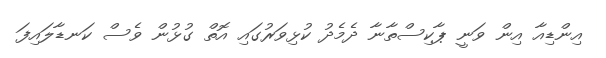
އިންޑިއާ އިން ވަނީ ޕާކިސްތާނާ ދެމެދު ކުޅިވަރުގައި އޮތް ގުޅުން ވެސް ކަނޑާލައިފަ